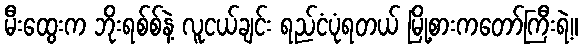
မီးထွေးက ဘိုးရစ်စ်နဲ့ လူငယ်ချင်း ရည်ငံပုံရတယ် မြို့စားကတော်ကြီးရဲ့။